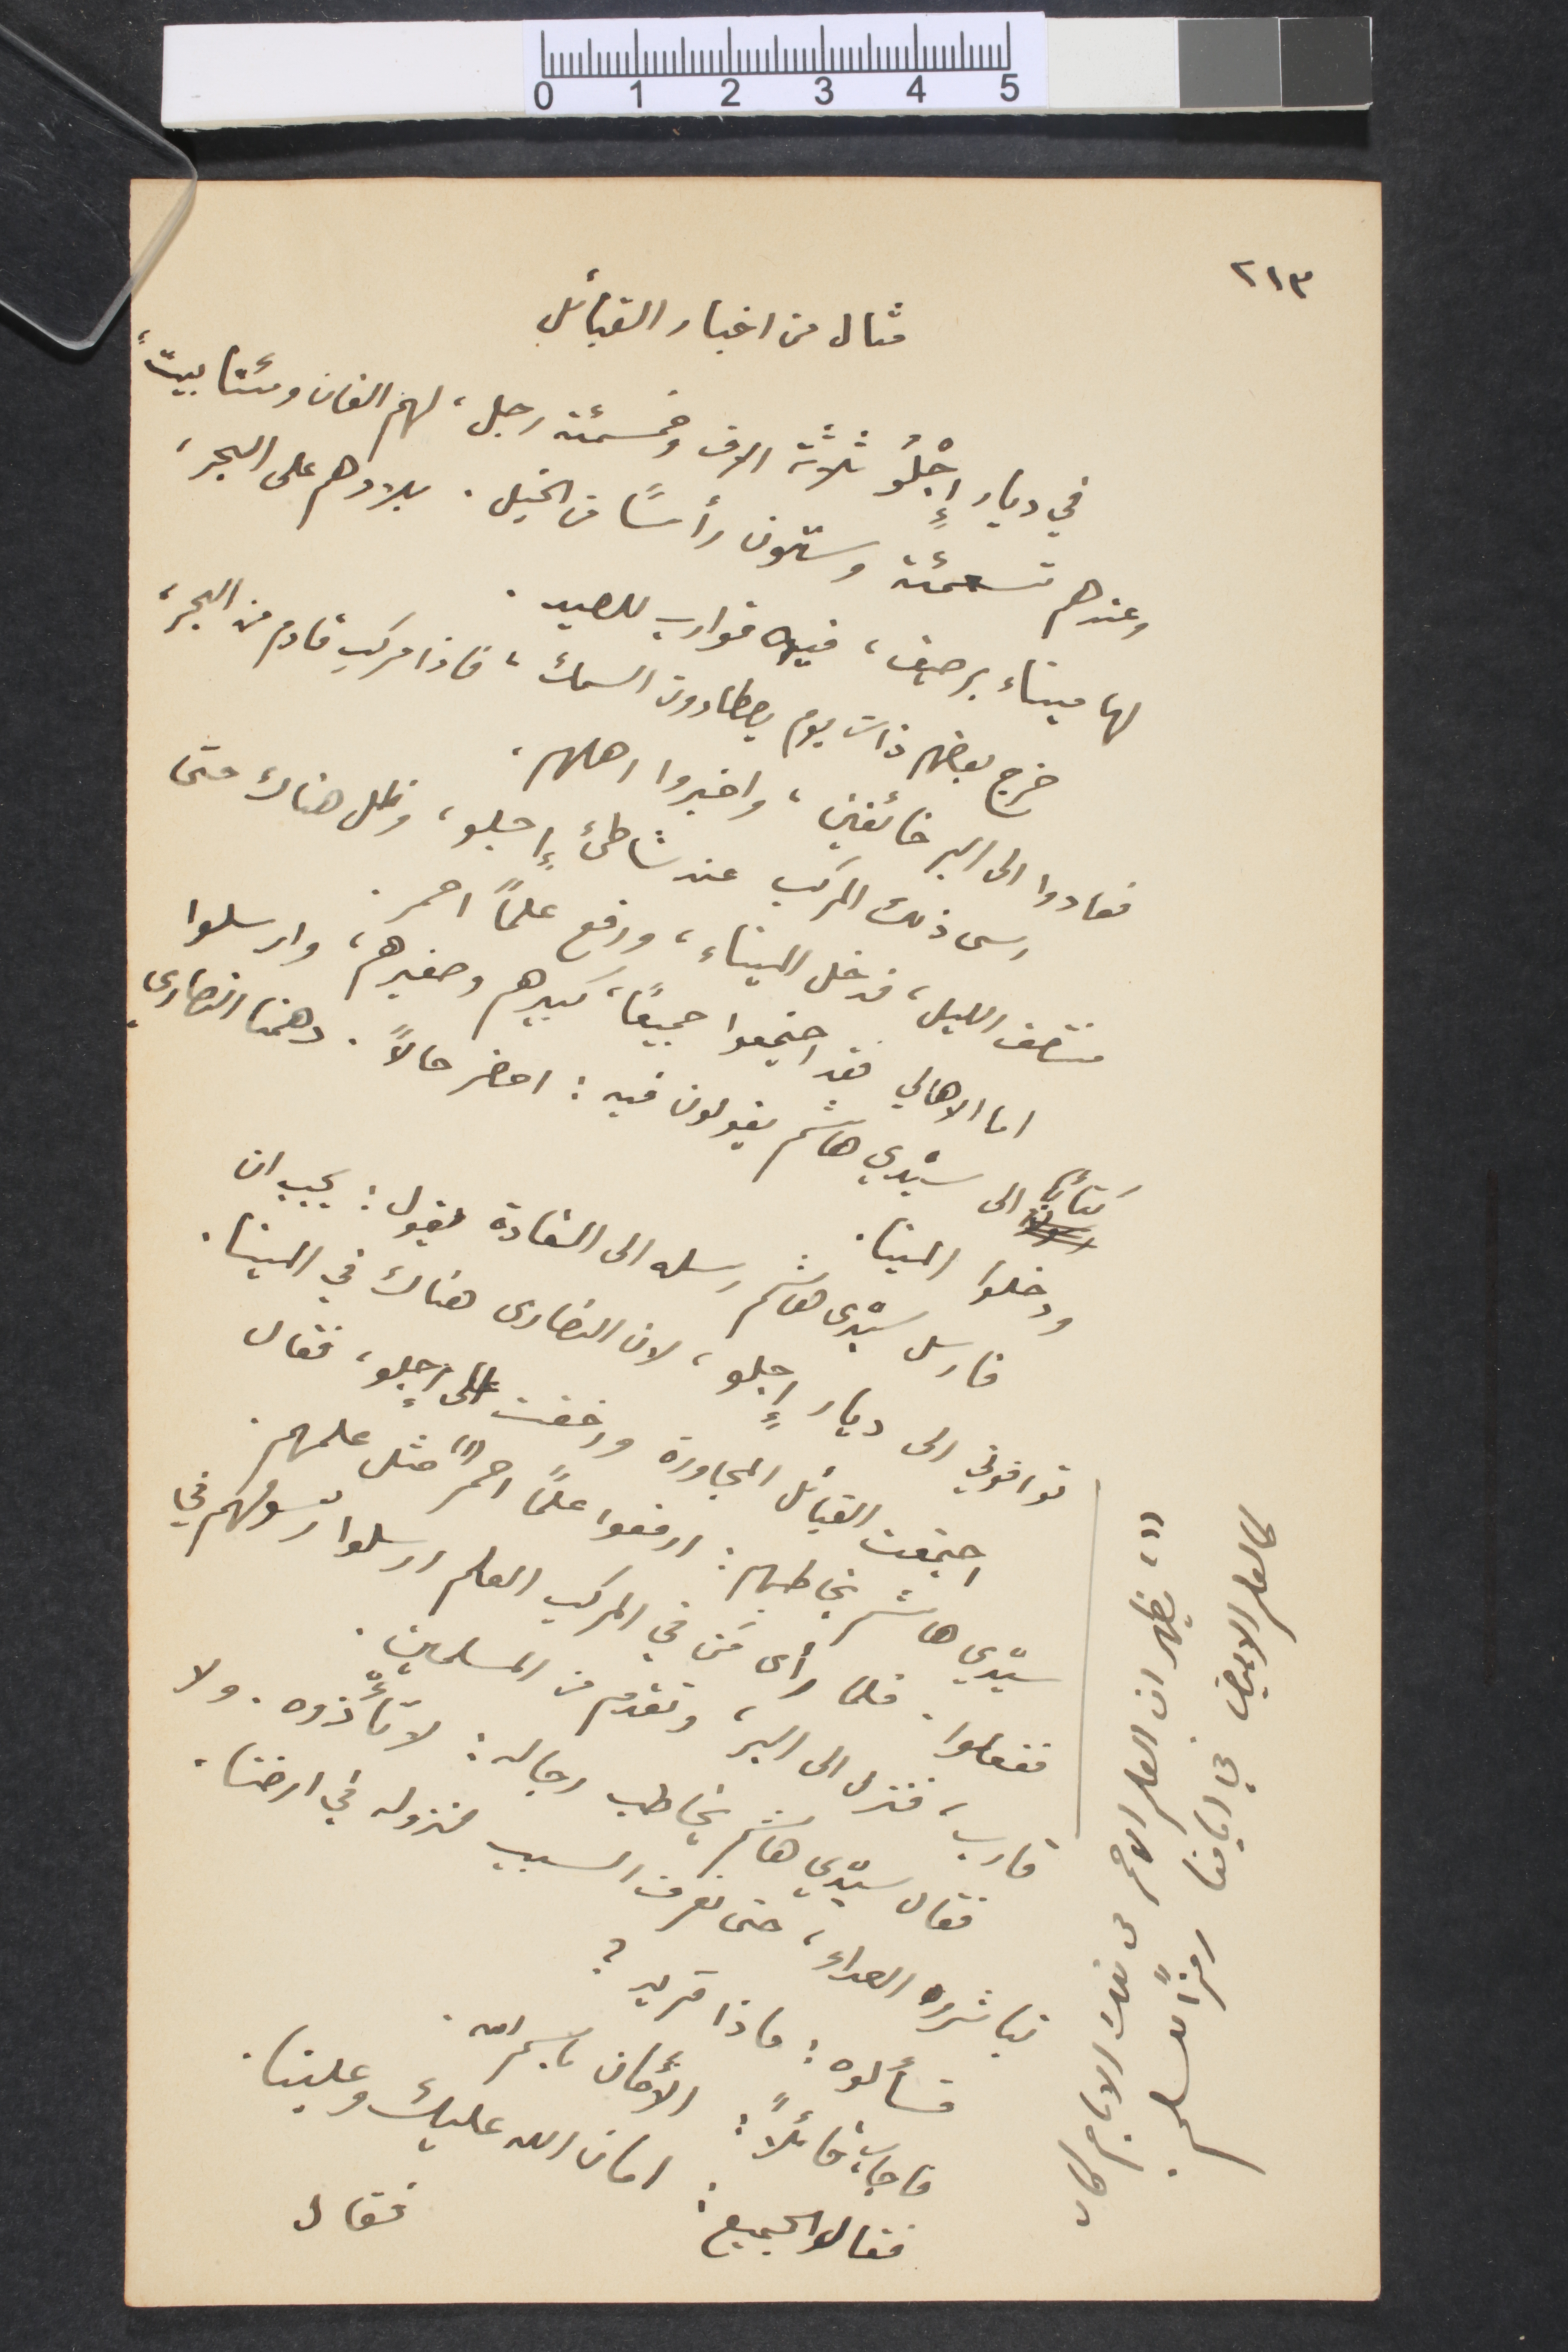
٢١٣
مثال من أخبار القبائل
في ديار إجْلُو ثلاثة الاف وخمسمئة رجل، لهم الفان ومئتا بيت،
وعندهم تسعمئه وستون رأسًا من الخيل. بلادهم على البحر،
لها ميناء برصيف، فيه قوارب للصيد.
خرج بعضهم ذات يوم يصطادون السمك، فاذا مركب قادم من البحر،
فعادوا الى البر خائفين، واخبروا أهلهم،
رسى ذلك المركب عند شاطئ إجلو، وظل هناك حتى
منتصف الليل، فدخل الميناء، ورفع علمًا احمر
اما ألأهالي فقد اجتمعوا جميعًا، كبيرهم وصغيرهم، وارسلوا
كتابًأ الى سيدي هاشم يقولون فيه: احضر حالًا. دهمنا النصارى
ودخلوا المينا.
فارسل سيدي هاشم رسله الى الفادة يقول: يجب ان
توافوني الى ديار إجلو، لان النصارى هناك في المينا.
اجتمعت القبائل المجاورة وزخفت على إجلو، فقال
سيدي هىاشم يخاطبهم: ارفعوا علمًا أحمر (١) مثل علمهم
ففعلوا. فلما رأى من في المركب العلم ارسلوا رسولهم في
قارب، فنزل الى البر، وتقدم من المسلمين.
فقال سيدي هاشم يخاطب رجاله: لا تأذوه. ولا
تباشروا العداء، حتى نعرف السبب لنزوله في ارضا.
فسألوه: ماذا تريد؟
فأجاب قائلًأ: الأمان باسم الله.
فقال
فقال الجميع. امان الله عليك وعلينا.